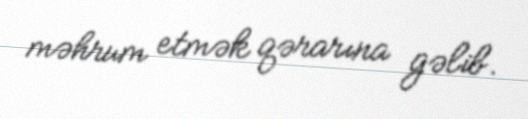
məhrum etmək qərarına gəlib.